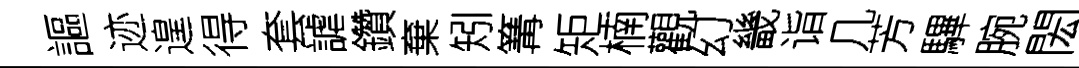
謳迹遑得套謔鑽棄矧篝矩楠觀幻畿诣几芳驆腕閎